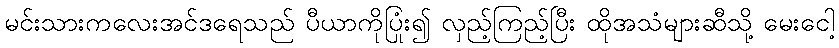
မင်းသားကလေးအင်ဒရေသည် ပီယာကိုပြုံး၍ လှည့်ကြည့်ပြီး ထိုအသံများဆီသို့ မေးငေါ့